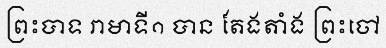
ព្រះបាទ រាមាទី១ បាន តែងតាំង ព្រះចៅ